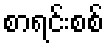
စာရင်းစစ်